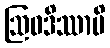
ဩဝဒိဿာမိ